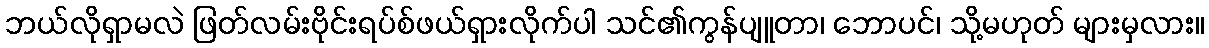
ဘယ်လိုရှာမလဲ ဖြတ်လမ်းဗိုင်းရပ်စ်ဖယ်ရှားလိုက်ပါ သင်၏ကွန်ပျူတာ၊ ဘောပင်၊ သို့မဟုတ် များမှလား။